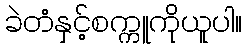
ခဲတံနှင့်စက္ကူကိုယူပါ။